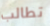
تطالب